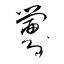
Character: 釁